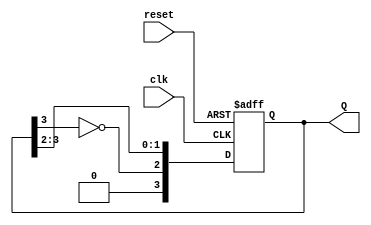
module johnson_counter (
    input wire clk,          // Clock signal
    input wire reset,        // Reset signal
    output reg [n-1:0] Q     // State outputs
);
    parameter n = 4;         // Number of flip-flops (you can change this as needed)

    always @(posedge clk or posedge reset) begin
        if (reset) begin
            Q <= 0;          // Initialize state to zero on reset
        end else begin
            Q <= {~Q[n-1], Q[n-1:n-2]}; // Feedback from last flip-flop
        end
    end
endmodule